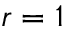
r = 1